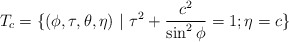
\begin{align*} T_c = \{(\phi,\tau,\theta,\eta) ~|~ \tau^2 + \frac{c^2}{\sin^2\phi} = 1 ; \eta = c \}\end{align*}